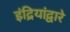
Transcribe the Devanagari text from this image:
इंद्रियांद्वारे